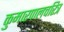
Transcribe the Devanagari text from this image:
कुमारपालचरित्र